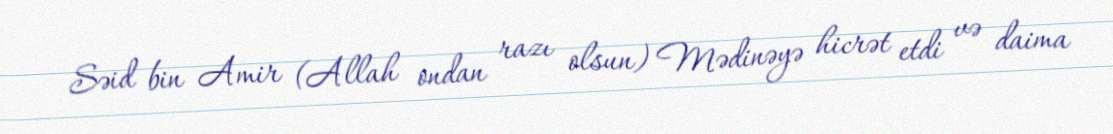
Səid bin Amir (Allah ondan razı olsun) Mədinəyə hicrət etdi və daima